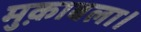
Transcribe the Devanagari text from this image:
मुक़ाबला।